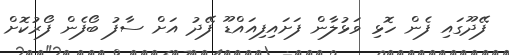
ފޭދޫގައި ފެން ހޮޅި ވަޅުލާން ފަށައިފިއައްޑޫ ފޭދު އަށް ސާފު ބޯފެން ފޯރުކޮށް